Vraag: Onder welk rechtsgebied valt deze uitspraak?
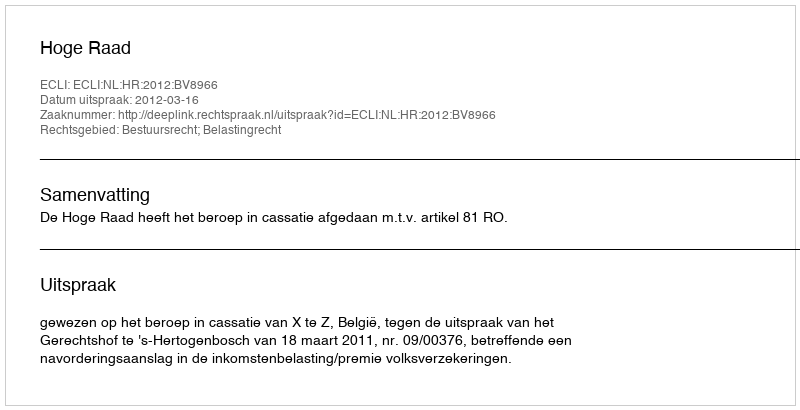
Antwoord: Bestuursrecht; Belastingrecht